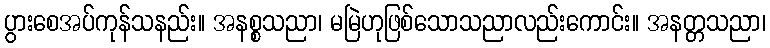
ပွားစေအပ်ကုန်သနည်း။ အနစ္စသညာ၊ မမြဲဟုဖြစ်သောသညာလည်းကောင်း။ အနတ္တသညာ၊